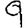
Digit: 9